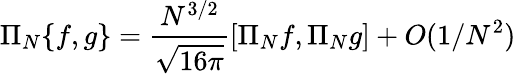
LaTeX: \Pi_{N}\{ f,g\} =\frac{N^{3/2}}{\sqrt{16\pi}}[\Pi_{N}f,\Pi_{N}g]+O(1/N^{2})